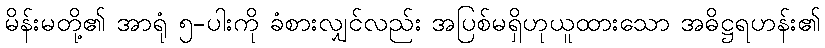
မိန်းမတို့၏ အာရုံ ၅-ပါးကို ခံစားလျှင်လည်း အပြစ်မရှိဟုယူထားသော အဓိဋ္ဌရဟန်း၏